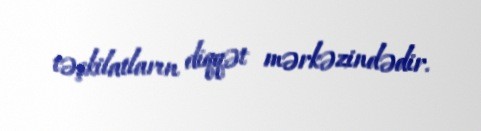
təşkilatların diqqət mərkəzindədir.